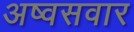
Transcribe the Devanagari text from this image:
अष्वसवार